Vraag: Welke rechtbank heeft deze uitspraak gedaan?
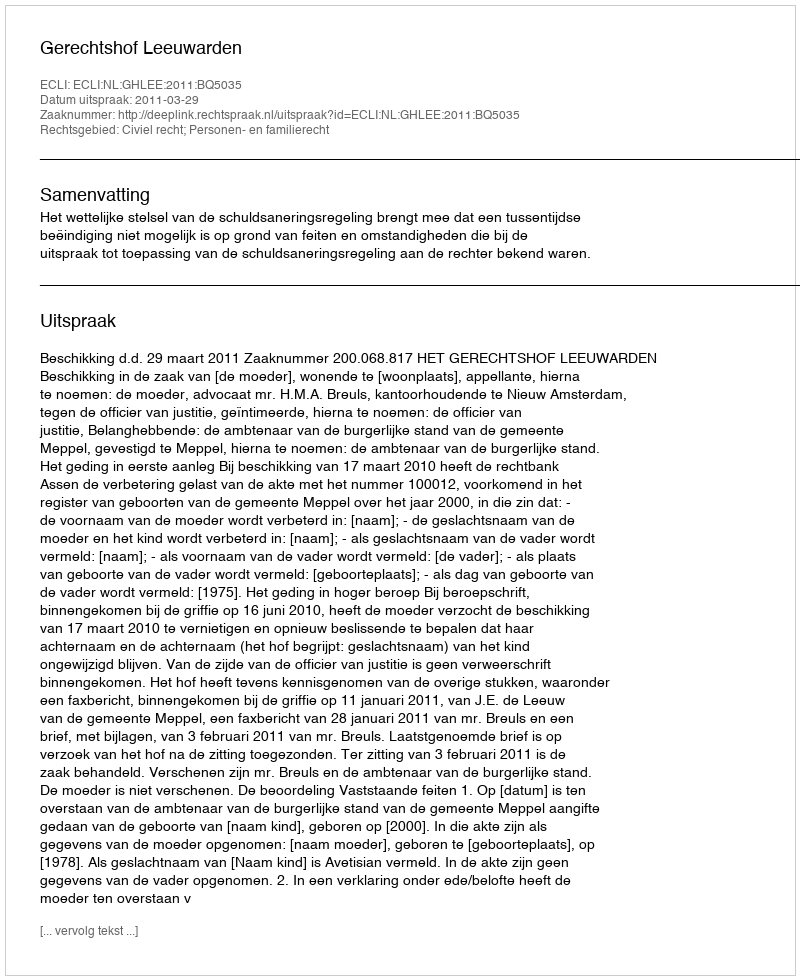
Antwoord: Gerechtshof Leeuwarden